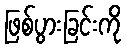
ဖြစ်ပွားခြင်းကို